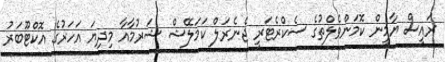
ރައީސް ޔާމީން ކޮމަންވެލްތުގެ ސެކްރެޓަރީ ޖެނެރަލް ކަމަލޭޝް ޝަރުމާއާ މިދިޔަ އަހަރުގެ އޮކްޓޫބަރު